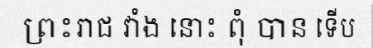
ព្រះរាជ វាំង នោះ ពុំ បាន ទើប